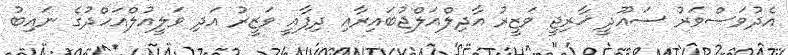
އެދުވަސްވަރު ސައޫދީ ޚާރިޖީ ވަޒީރު އާދިލްއަލްޖުބައިރާއި ދިފާއީ ވަޒީރު އަދި ވަލީއުލްއަހްދުގެ ނައިބު